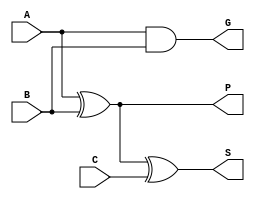
module pfa(A, B, C, P, G, S);
  input A, B, C;
  output P, G, S;
  
  // compute P, G
  xor x0(P, A, B);
  and a0(G, A, B);
  
  // compute S = (A xor B) xor C = P xor C
  xor x1(S, P, C);
  
endmodule